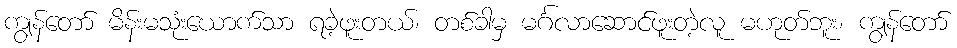
ကျွန်တော် မိန်းမသုံးယောက်သာ ရခဲ့ဖူးတယ်၊ တစ်ခါမှ မင်္ဂလာဆောင်ဖူးတဲ့လူ မဟုတ်ဘူး၊ ကျွန်တော်